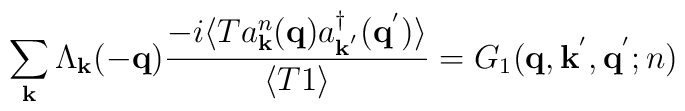
\sum_{ {\bf{k}} } \Lambda_{ {\bf{k}} } (-{\bf{q}})\frac{ -i\langle T a^{n}_{ {\bf{k}} }({\bf{q}})a^{\dagger}_{ {\bf{k}}^{'} }({\bf{q}}^{'}) \rangle }{\langle T 1 \rangle} = G_{1}( {\bf{q}}, {\bf{k}}^{'}, {\bf{q}}^{'}; n)